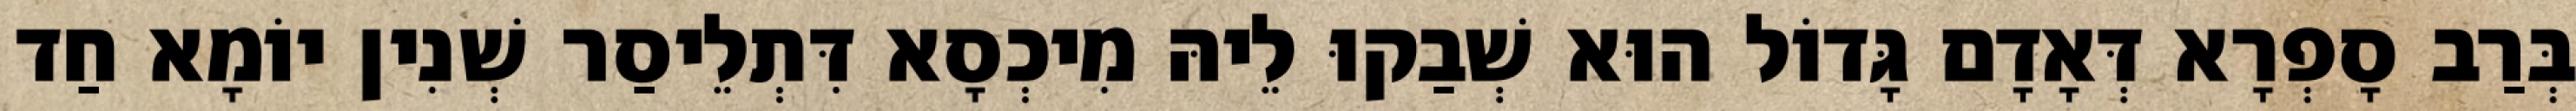
בְּרַב סָפְרָא דְּאָדָם גָּדוֹל הוּא שְׁבַקוּ לֵיהּ מִיכְסָא דִּתְלֵיסַר שְׁנִין יוֹמָא חַד